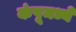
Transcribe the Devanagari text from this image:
कंपूमध्ये